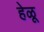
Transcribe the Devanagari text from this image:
हेळू